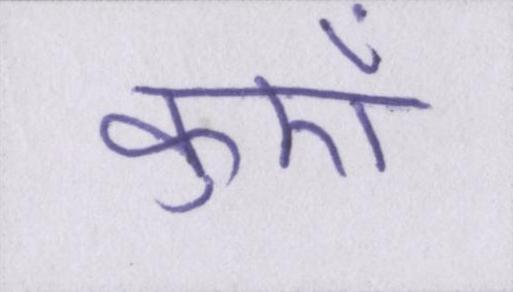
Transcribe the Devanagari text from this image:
कुएँ